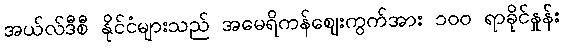
အယ်လ်ဒီစီ နိုင်ငံများသည် အမေရိကန်ဈေးကွက်အား ၁၀၀ ရာခိုင်နှုန်း